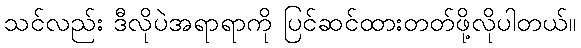
သင်လည်း ဒီလိုပဲအရာရာကို ပြင်ဆင်ထားတတ်ဖို့လိုပါတယ်။